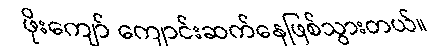
ဖိုးကျော် ကျောင်းဆက်နေဖြစ်သွားတယ်။